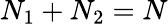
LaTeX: N_{1}+N_{2}=N